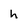
Character: h